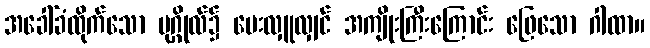
အခေါ်ခံထိုက်သော ပုဂ္ဂိုလ်၌ ပေးလှူလျှင် အကျိုးကြီးကြောင်း ဖြေသော ဂါထာ။